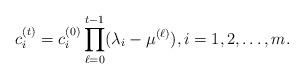
LaTeX: \begin{align*}c_i^{(t)}=c_i^{(0)}\prod_{\ell=0}^{t-1}(\lambda_{i}-\mu^{(\ell)}),i=1,2,\dots,m.\end{align*}